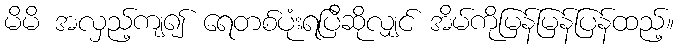
မိမိ အလှည့်ကျ၍ ရေတစ်ပုံးရပြီဆိုလျှင် အိမ်ကိုမြန်မြန်ပြန်ထည့်။